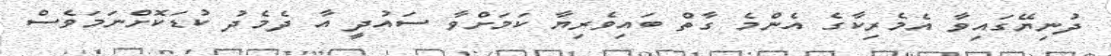
ދުނިޔޭގައިވާ އެމެރިކާގެ އެންމެ ގާތް ބައިވެރިޔާ ކަމަށްވާ ސައުދީ އާ ދެމެދު ކުޑަކޮށްނަމަވެސް